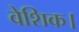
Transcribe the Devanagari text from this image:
वेशिक।